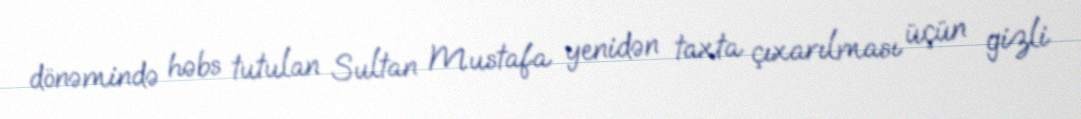
dönəmində həbs tutulan Sultan Mustafa yenidən taxta çıxarılması üçün gizli